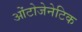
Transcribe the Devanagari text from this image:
ओंटोजेनेटिक